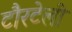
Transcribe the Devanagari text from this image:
टौरटेली